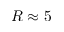
R \approx 5